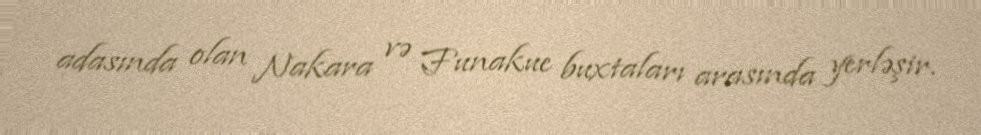
adasında olan Nakara və Funakue buxtaları arasında yerləşir.